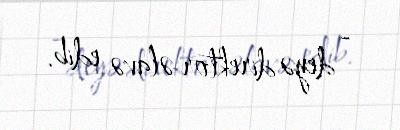
- deyə direktor əlavə edib.